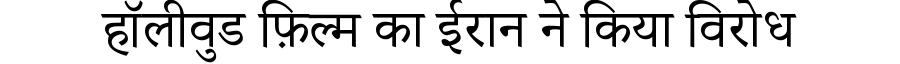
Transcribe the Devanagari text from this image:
हॉलीवुड फ़िल्म का ईरान ने किया विरोध